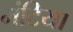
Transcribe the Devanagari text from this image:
मंटिया